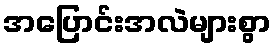
အပြောင်းအလဲများစွာ